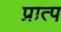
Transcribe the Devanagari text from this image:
प्रात्प